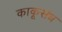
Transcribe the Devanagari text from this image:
काकूसंध